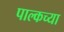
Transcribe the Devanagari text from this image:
पाल्कच्या